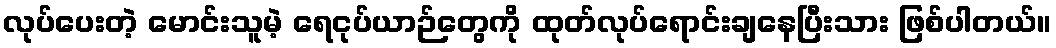
လုပ်ပေးတဲ့ မောင်းသူမဲ့ ရေငုပ်ယာဉ်တွေကို ထုတ်လုပ်ရောင်းချနေပြီးသား ဖြစ်ပါတယ်။